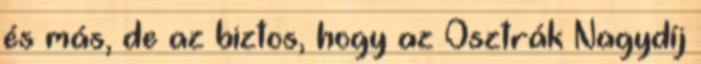
és más, de az biztos, hogy az Osztrák Nagydíj